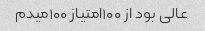
عالی بود از ۱۰۰امتیاز ۱۰۰میدم